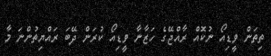
ތިތަން ވީޑިއޯ ނުކޮއް ރާއްޖޭގެ ހަޒާނާ ވީޑިއޯ ކުރަން ދޭބަ ރައްޔިތުންނަ މާ